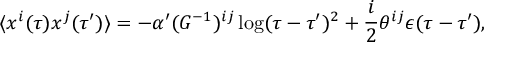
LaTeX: \langle x ^ { i } ( \tau ) x ^ { j } ( \tau ^ { \prime } ) \rangle = - \alpha ^ { \prime } ( G ^ { - 1 } ) ^ { i j } \log ( \tau - \tau ^ { \prime } ) ^ { 2 } + \frac { i } { 2 } \theta ^ { i j } \epsilon ( \tau - \tau ^ { \prime } ) ,